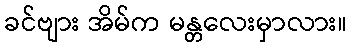
ခင်ဗျား အိမ်က မန္တလေးမှာလား။